画像に写った文字を読んでください
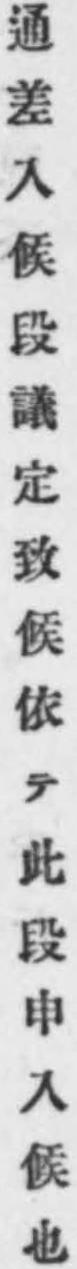
「通差入候段議定致候依テ此段申入候也」と書いてあります